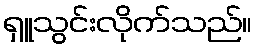
ရှူသွင်းလိုက်သည်။